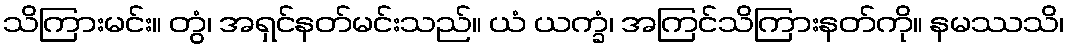
သိကြားမင်း။ တွံ၊ အရှင်နတ်မင်းသည်။ ယံ ယက္ခံ၊ အကြင်သိကြားနတ်ကို။ နမဿသိ၊